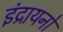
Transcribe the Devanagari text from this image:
इंद्रायनों